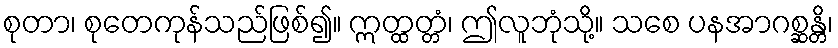
စုတာ၊ စုတေကုန်သည်ဖြစ်၍။ ဣတ္ထတ္တံ၊ ဤလူဘုံသို့။ သစေ ပနအာဂစ္ဆန္တိ၊